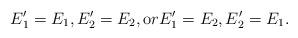
LaTeX: \begin{gather*}E_1'=E_1, E_2'=E_2, {\mathrm or} E_1' = E_2, E_2' = E_1.\end{gather*}